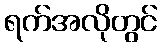
ရက်အလိုတွင်